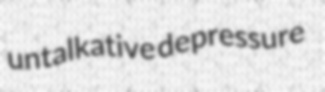
untalkative depressure